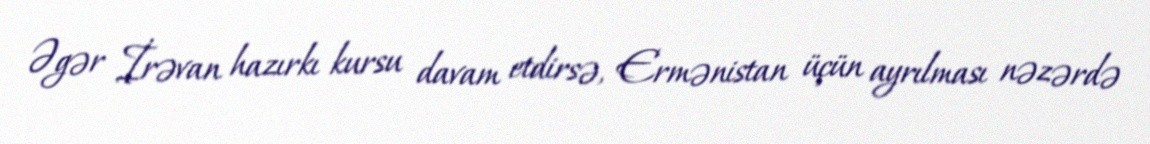
Əgər İrəvan hazırkı kursu davam etdirsə, Ermənistan üçün ayrılması nəzərdə